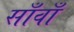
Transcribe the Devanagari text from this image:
साँवाँ